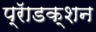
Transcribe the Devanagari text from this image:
प्रॅाडक्शन